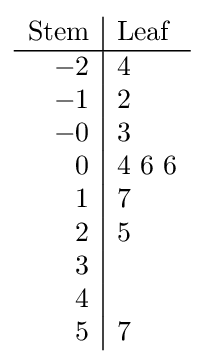
{\begin{array}{r|l}{\text{Stem}}&{\text{Leaf}}\\\hline -2&4\\-1&2\\-0&3\\0&4~6~6\\1&7\\2&5\\3&\\4&\\5&7\end{array}}